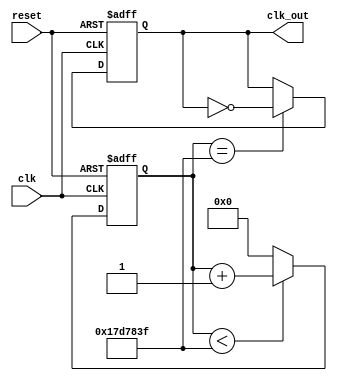
module ClkDivider(
	input clk,
	input reset,
	output reg clk_out
);
reg [24:0] count; // Make the counter big enough to hold our number
// Always block to handle the counter
always @(posedge clk or negedge reset)
	begin
		if(~reset)
			count <= 25'b0;
		else if(count < 25000000 - 1) // 50 MHz / (2 x 25 MHz) = 1 Hz
			count <= count + 1;
		else
			count <= 25'b0;
		end
		// Always block to handle the flip flop portion
always @(posedge clk or negedge reset)
begin
		if(~reset)
			clk_out <= 1'b0;
		else if(count == 25000000 - 1)
			clk_out <= ~clk_out;
		else
			clk_out <= clk_out;
		end
endmodule